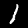
Digit: 1